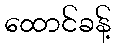
ထောင်ခန့်